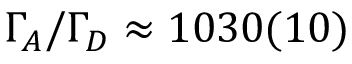
\Gamma _ { A } / \Gamma _ { D } \approx 1 0 3 0 ( 1 0 )